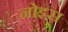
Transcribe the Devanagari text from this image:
नोइस